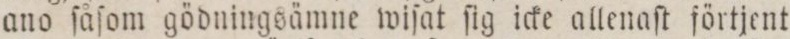
ano ſåſom gödningsämne wiſat ſig icke allenaſt förtjent